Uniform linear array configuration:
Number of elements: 4
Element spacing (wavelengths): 0.25
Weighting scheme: exponential
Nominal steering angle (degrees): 0
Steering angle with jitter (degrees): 0.3704
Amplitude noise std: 0.05
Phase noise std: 0.05

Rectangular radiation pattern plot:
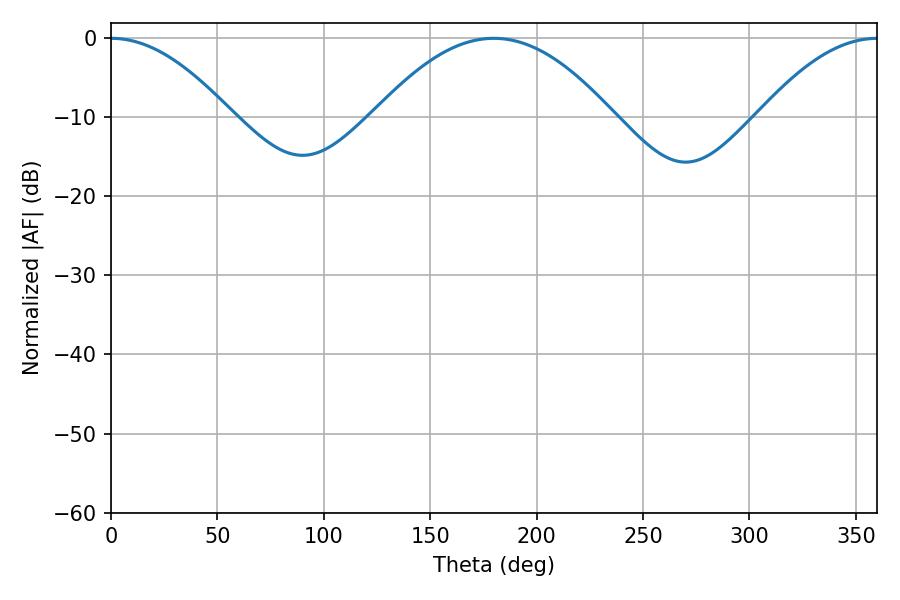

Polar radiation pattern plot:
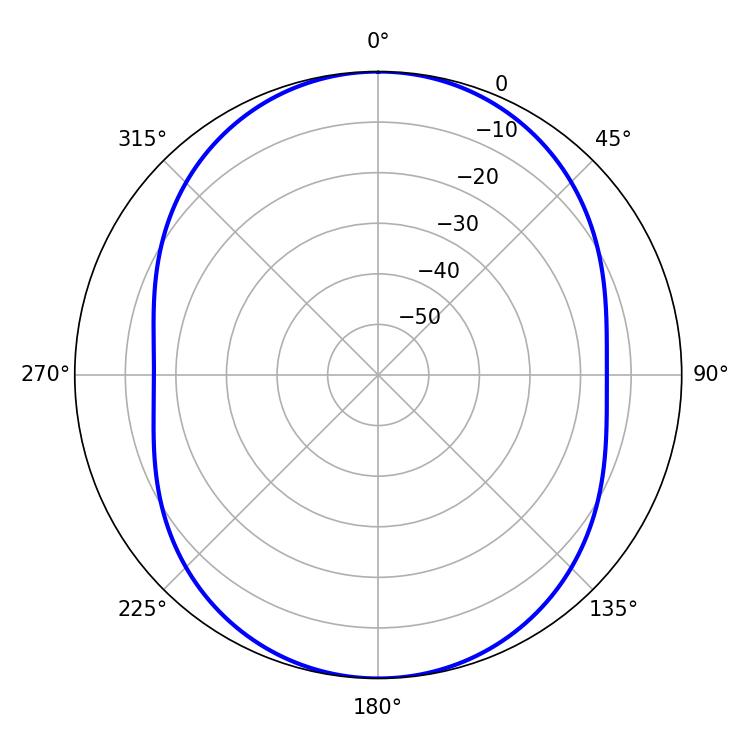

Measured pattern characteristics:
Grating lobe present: FALSE
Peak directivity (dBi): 21.084
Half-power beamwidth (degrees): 30.96
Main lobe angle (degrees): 0.18